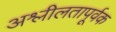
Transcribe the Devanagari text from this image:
अश्लीलतापूर्वक